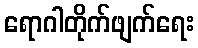
ရောဂါတိုက်ဖျက်ရေး